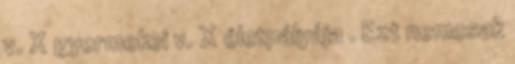
v. X gyermekei v. X életpályája . Ezt nemcsak